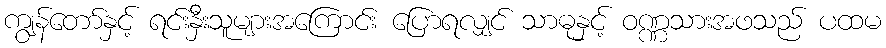
ကျွန်တော်နှင့် ရင်းနှီးသူများအကြောင်း ပြောရလျှင် သာဓုနှင့် ဝဏ္ဏသားအဖသည် ပထမ